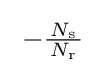
\;-{\tfrac {\,N_{\text{s}}\,}{N_{\text{r}}}}\;